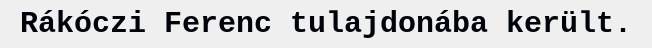
Rákóczi Ferenc tulajdonába került.